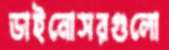
ডাইনোসরগুলো